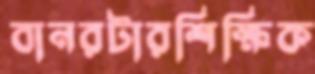
বানরটারশিক্ষিক